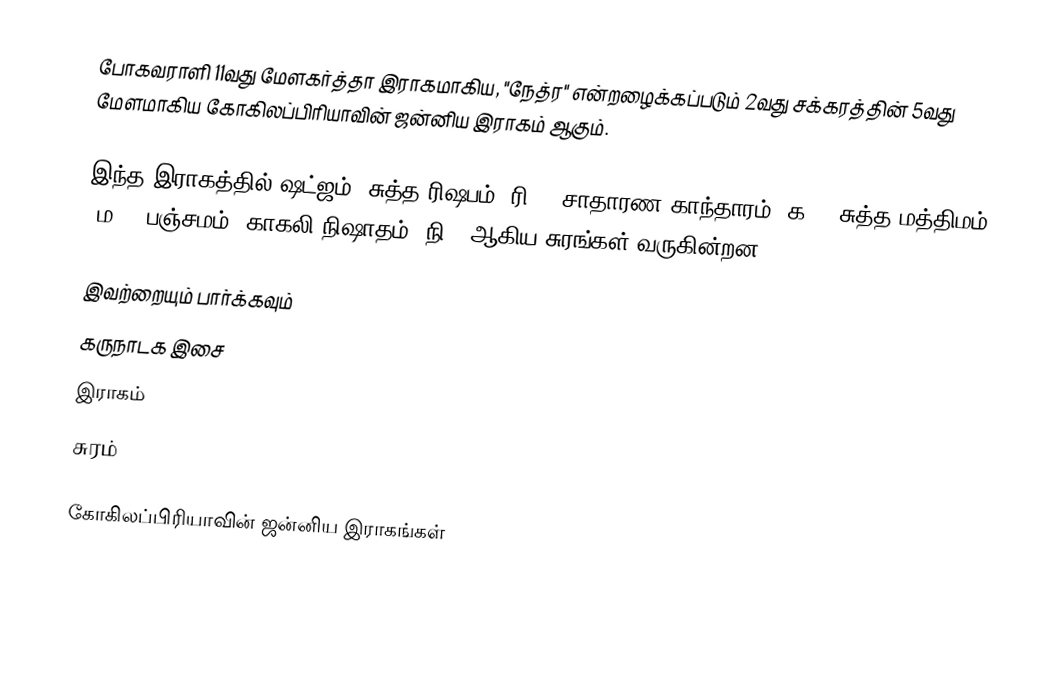
போகவராளி 11வது மேளகர்த்தா இராகமாகிய, "நேத்ர" என்றழைக்கப்படும் 2வது சக்கரத்தின் 5வது மேளமாகிய கோகிலப்பிரியாவின் ஜன்னிய இராகம் ஆகும்.

இந்த இராகத்தில் ஷட்ஜம், சுத்த ரிஷபம் (ரி1),  சாதாரண காந்தாரம் (க2), சுத்த மத்திமம் (ம1), பஞ்சமம், காகலி நிஷாதம்  (நி3) ஆகிய சுரங்கள் வருகின்றன.

இவற்றையும் பார்க்கவும்
 கருநாடக இசை
 இராகம்
 சுரம்

கோகிலப்பிரியாவின் ஜன்னிய இராகங்கள்